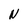
Character: N